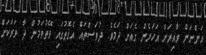
އަންނަން ވާއިރަށް އަހަރެން ގެއަށް ދަމެވެ. ދުވަސްތައް އެގޮތުގައި ވޭތުވަމުން ދާ ވަރަކަށް